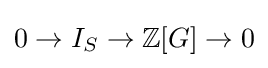
0\to I_{S}\to \mathbb {Z} [G]\to 0